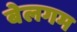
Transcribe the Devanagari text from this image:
बेलगम